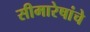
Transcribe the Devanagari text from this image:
सीमारेषांचे